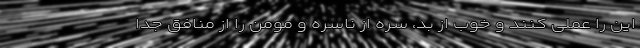
این را عملی کنند و خوب از بد، سره از ناسره و مومن را از منافق جدا